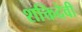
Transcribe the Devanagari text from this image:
शक्तिदेवी